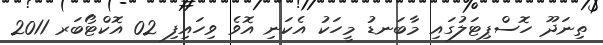
ތިނަދޫ ހޮސްޕިޓަލުގައި މާބަނޑު މީހަކު އެކަނި އޮވެ ވިހައިފި 02 އޮކްޓޯބަރ 2011